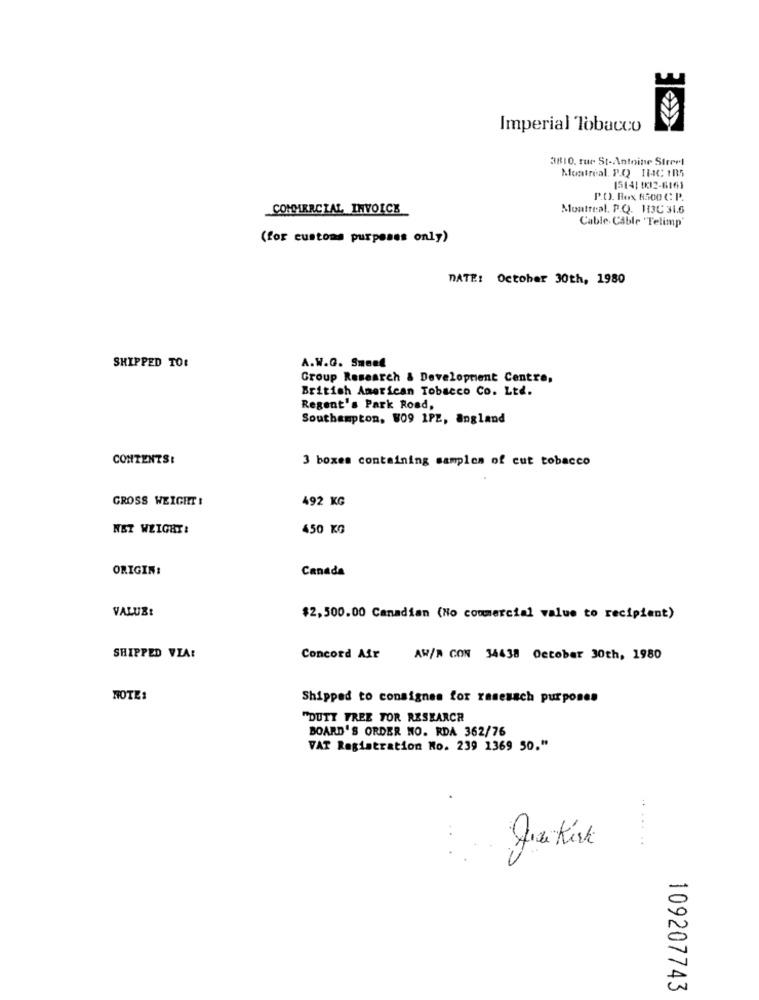
Imperial Tobacco
3810, rue St-Antoine Street
Montreal. P.Q IMC 105
1514: 02-6161
P.O. Box 8500 C: P.
COMMERCIAL INVOICE
Montreal. P.Q. 113C 31.6
Cable. Câble 'Telimp'
(for customs purposes only)
DATE: October 30th, 1980
SHIPPED TO!
A.W.Q. Sment
Group Research & Development Centre,
British American Tobacco Co. Ltd.
Regent's Park Road,
Southampton, 809 1PZ, angland
CONTENTS:
3 boxes containing samples of cut tobacco
GROSS WEIGHT !
492 KG
NET WEIGHT:
450 KG
ORIGIN:
Canada
VALUB:
$2,500.00 Canadian (No commercial value to recipient)
SHIPPED VIA:
Concord Air
AW/N CON 34438 October 30th, 1980
NOTE:
Shipped to consignes for rasesach purposes
"DUTY FREE TOR RESEARCH
BOARD'S ORDER NO. RDA 362/76
VAT Registration No. 239 1369 50."
greKisk
109207743